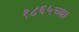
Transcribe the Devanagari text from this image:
१८६५च्या